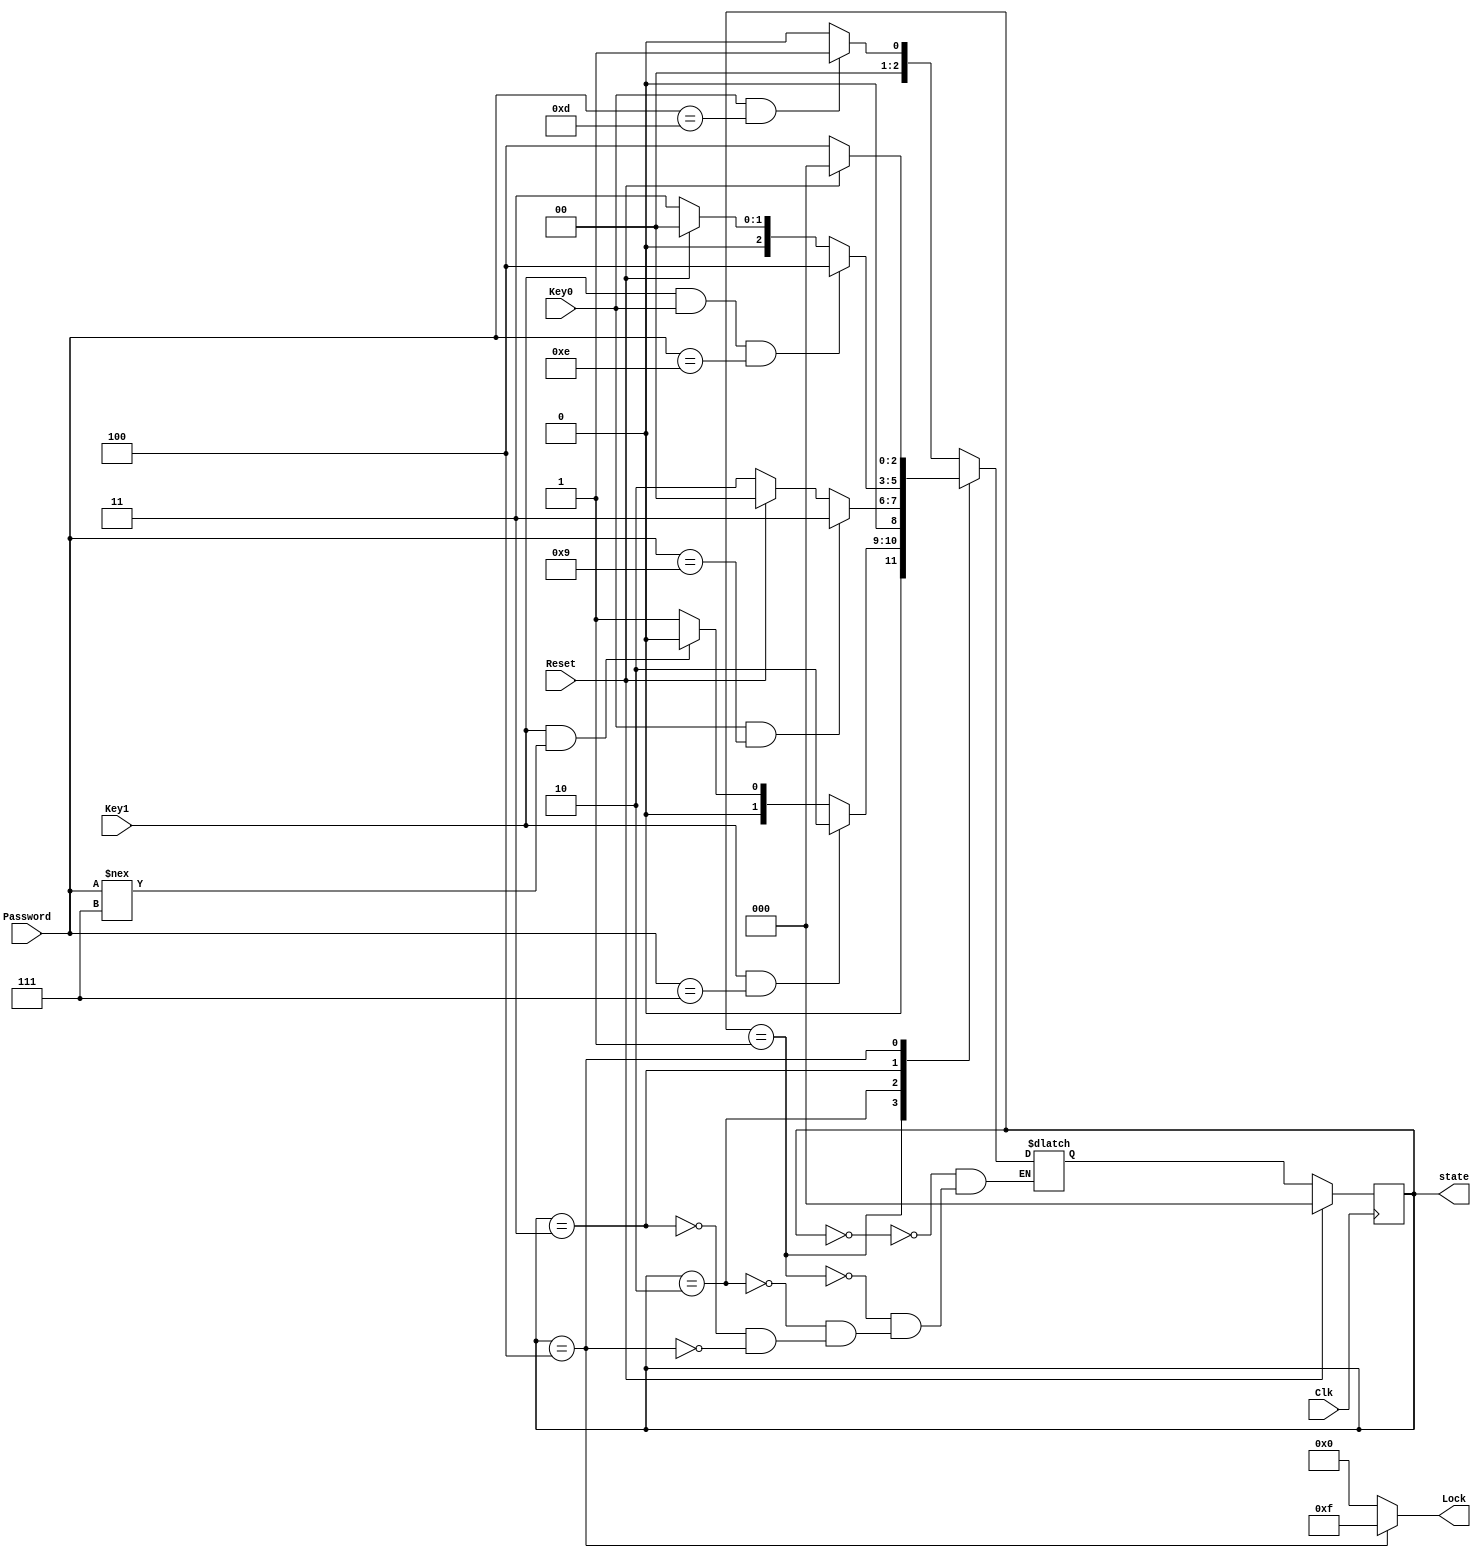
module combination_lock_fsm(
   output reg [2:0] state,
   output wire [3:0] Lock, // this is an output wire
   input wire Key0, Key1, // these are the unlocks
   input wire [3:0] Password, //indicate number
   input wire Reset, //the reset button
   input wire Clk // clock
);
parameter  S0=3'b000,
           S1=3'b001, 
           S2=3'b010, 
           S3=3'b011,
           S4=3'b100;
           
reg [2:0] nextState; // 3 bits, 000 to 111
always@(*)
case(state)
    S0: begin
          if((Key0 == 1) && (Password == 4'b1101)) // pass = 13
            nextState = S1;
          else nextState = S0;
         end
    
    S1: begin
          if( (Key1 == 1) && (Password== 4'b0111)) // pass = 7
              nextState=S2;
          else if((Key1 == 1) && (Password !== 4'b0111))
               nextState=S0;
          else nextState=S1;
         end
    
    S2: begin
          if((Key0 == 1) && (Password == 4'b1001))
              nextState=S3;
           else if(Reset == 1'b1)
               nextState=S0;
          else nextState=S2; // otherwise
         end
    S3: begin
        if((Key1 == 1) && (Key0 == 1) && (Password == 4'b1110))
            nextState = S4;
        else if(Reset == 1'b1)
            nextState = S0;
        else nextState = S3;
        end
    S4: begin
          if(Reset == 1'b1)
               nextState=S0;
          else nextState=S4;
         end

    endcase
 always@(posedge Clk)
     if(Reset)
        state <= S0;
     else 
        state <= nextState;

assign Lock = (state == S4)? 4'b1111:4'b0000;

endmodule